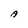
Character: A